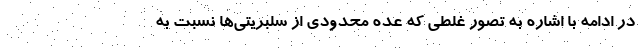
در ادامه با اشاره به تصور غلطی که عده محدودی از سلبریتی‌ها نسبت به